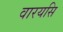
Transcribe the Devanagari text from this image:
वारयसि